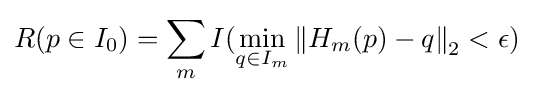
R(p\in I_{0})=\sum _{m}I(\min _{q\in I_{m}}{\lVert H_{m}(p)-q\rVert }_{2}<\epsilon )